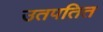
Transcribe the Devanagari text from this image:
उतपतित